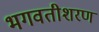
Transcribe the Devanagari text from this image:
भगवतीशरण